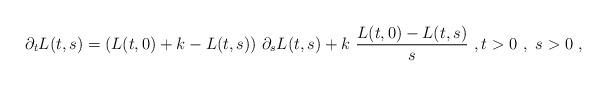
LaTeX: \begin{align*}\partial_t L(t,s) = (L(t,0)+k-L(t,s))\ \partial_s L(t,s) + k\ \frac{L(t,0)-L(t,s)}{s}\ , t>0\ ,\ s>0\ , \end{align*}